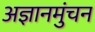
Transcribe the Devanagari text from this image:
अज्ञानमुंचन